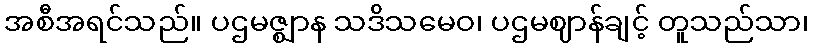
အစီအရင်သည်။ ပဌမဇ္ဈာန သဒိသမေဝ၊ ပဌမဈာန်ချင့် တူသည်သာ၊